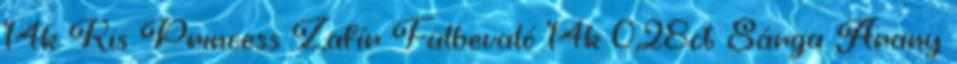
14k Kis Princess Zafír Fülbevaló 14k 0,28ct Sárga Arany